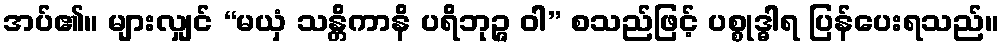
အပ်၏။ များလျှင် “မယှံ သန္တိကာနိ ပရိဘုဉ္ဇ ဝါ” စသည်ဖြင့် ပစ္စုဒ္ဓါရ ပြန်ပေးရသည်။